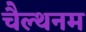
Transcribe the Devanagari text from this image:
चैल्थनम